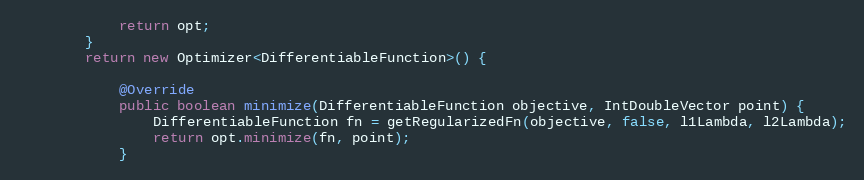
Language: Java
            return opt;
        }
        return new Optimizer<DifferentiableFunction>() {

            @Override
            public boolean minimize(DifferentiableFunction objective, IntDoubleVector point) {
                DifferentiableFunction fn = getRegularizedFn(objective, false, l1Lambda, l2Lambda);
                return opt.minimize(fn, point);
            }